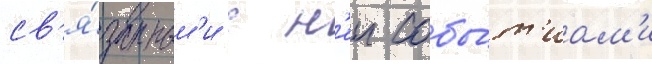
св'я́занным'и с н'еи собы́т'иам'и